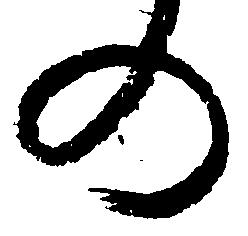
の